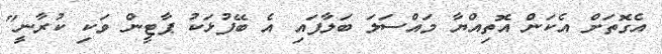
އެގޮތަށް އެކަން އޮތިއްޔާ މައްސަލަ ބަލާފައި އެ ބޭފުޅަކު ޕާޓީން ވަކި ކުރާނީ"